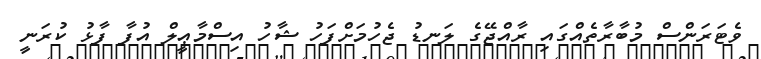
ވެޓަރަންސް މުބާރާތެއްގައި ރާއްޖޭގެ ލަނޑު ޖެހުމަށްފަހު ޝާހު އިސްމާޢީލް އުފާ ފާޅު ކުރަނީ